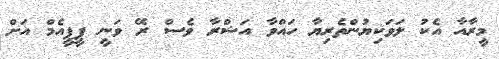
މީރާއާ އެކު ލަވަކިޔުންތެރިޔާ ހައްވާ އަޝްރާ ވެސް ރޭ ވަނީ ޕީޕީއެމް އަށް